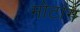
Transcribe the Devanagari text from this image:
मोटांग